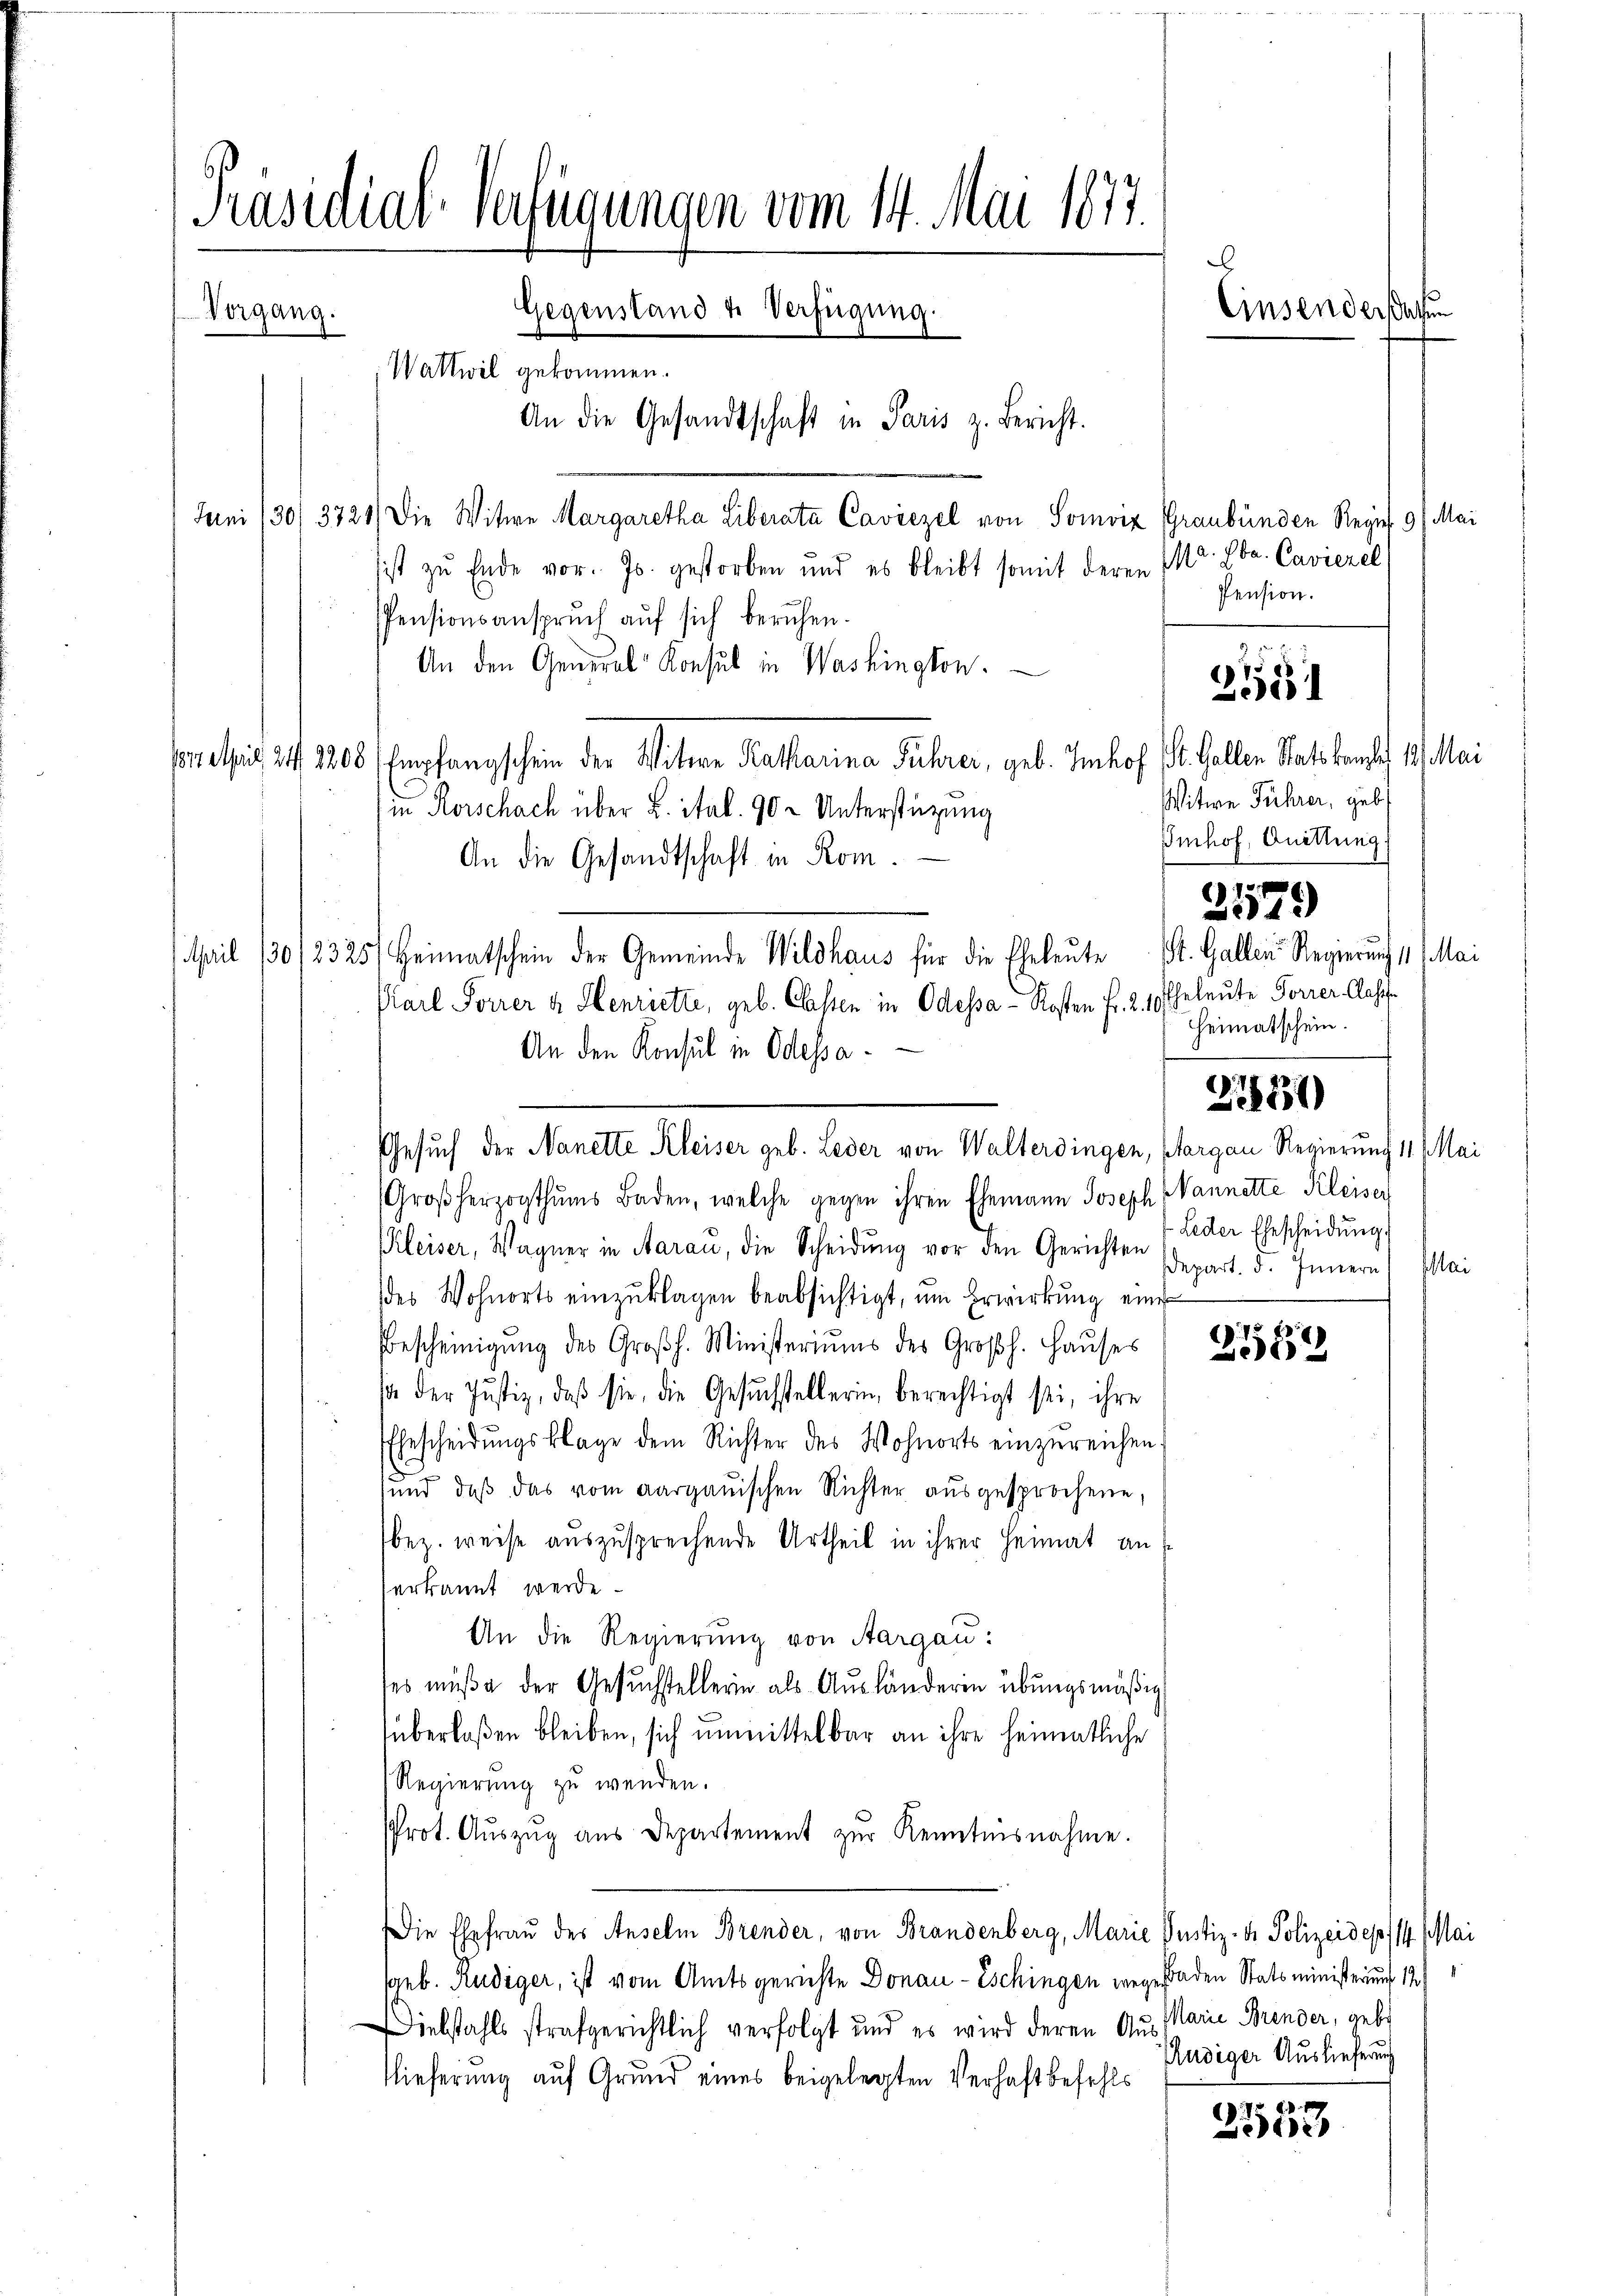
Präsidial-Verfügungen vom 14. Mai 1877.
Gegenstand u. Verfügung
Vorgang.
Wattwil gekommen.
An die Gesandtschaft in Paris z. Bericht.

Juni /30/3721) Die Witwe Margaretha Liberata Caviezel von Somviz Graubünden Reyns 9/ Mai
sist zu Ende vor. Js. gestorben und es bleibt somit deren Sr. Ebe. Caviezel
Pension.
PPensionsanspruch auf sich beruhen.
An den General-Konsul in Washington.
one sich 24. 1808 Empfangschein der Witwe Katharina Führer, geb. Imhof St. Gallen Statskanlos 19. Mai
in Korschach über L. ital. 90 - Unterstüzung
An die Gesandtschaft in Rom.
April 130/2325) Heimatschein der Gemeinde Wildhaus für die Eheleute St. Gallen Regierung 11. Mai
Karl Forrer & Henriette, geb. Classen in Odessa-Kosten Fr. 2. 10 Eheleute Forrer Class
An den Konsul in Odepa
Großherzogthums Baden, welche gegen ihren Ehemann Joseph Mannette Kleiser
Kleiser, Wagner in Aarau, die Scheidung vor den Gerichten
des Wohnorts einzuklagen beabsichtigt, um Erwirkung eine
1513
Bescheinigŭng des Großh. Ministeriums des Großh. Haŭses Bedi
1o. der Justiz, daß sie, die Gesuchstellerin berechtigt sei, ihre
EEhescheidŭngsklage dem Richter des Wohnorts einzŭreichen,
und, daβ das vom aargauischen Richter aŭsgesprochene,
bez. weise auszusprechende Urtheil in ihrer Heimat an
erkannt werde
An die Regierung von Aargau:
ses müße der Gesuchstellerin als Ausländerin übungsmäßig
überlaßen bleiben, sich unmittelbar an ihre heimatliche
Regierŭng zŭ wenden.
Prot. Aŭszŭg aŭs Departement zŭr Kenntnisnahme.
Die Ehefrau der Anselm Brender, von Brandenberg, Marie Justiz- & Polizeidep/14. Mai
(geb. Rudiger, ist vom Amtsgerichte Donau-Eschingen wegeraden Statsministerung 12
Diebstahls strafgerichtlich verfolgt und es wird deren Aus Marie Brender, gebe
Audiger Auslieferung
lieferung auf Grund eines beigelegten Verhaft befehls
2553

Gesuch der Nanette Kleiser geb. Leder von Walterdingen, Margau Regierung 11. Mai

.
Einsenderen

s

Witwe Führer, geb.
Imhof, Quittung.
:
2579
Heimatschein.
2780

21551

Leder Ehescheidung.
Depart. d. Innern Mai